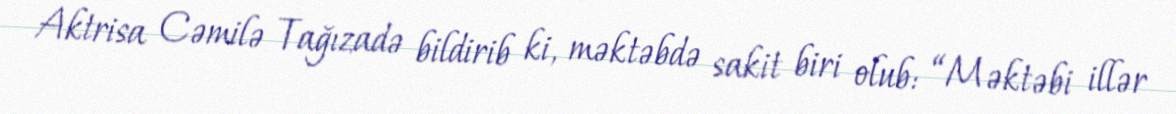
Aktrisa Cəmilə Tağızadə bildirib ki, məktəbdə sakit biri olub: “Məktəbi illər